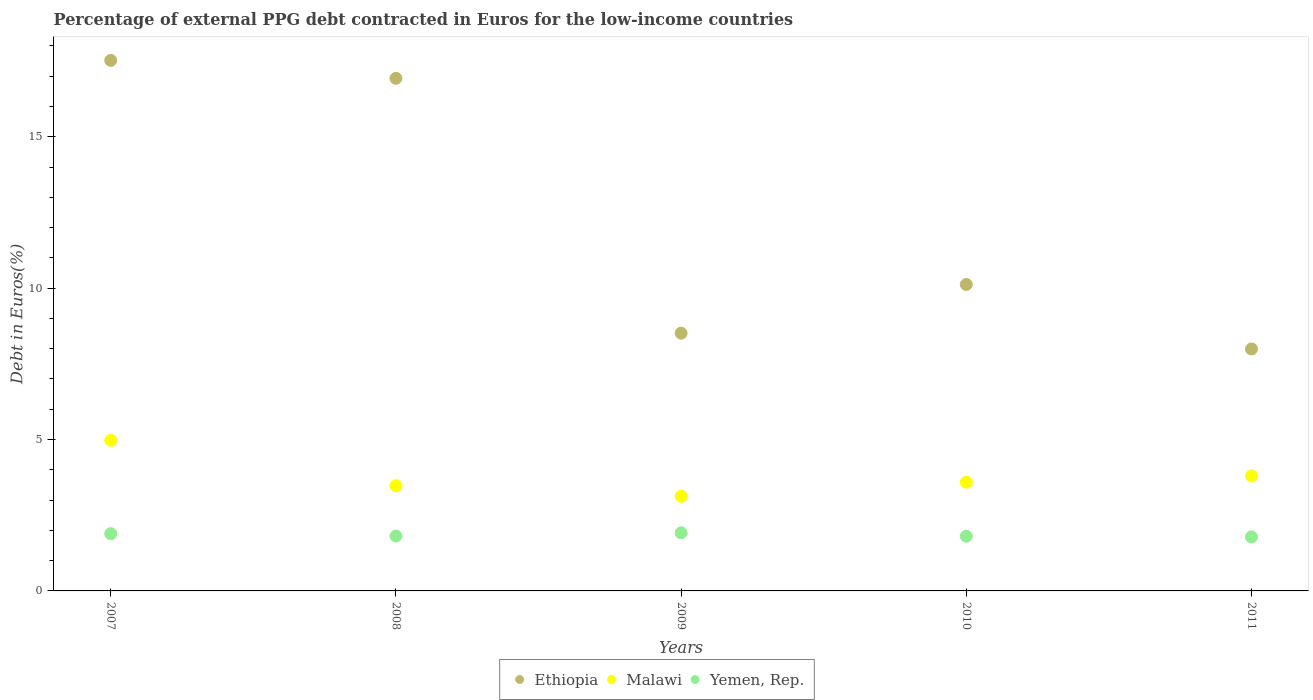
| Years | Ethiopia | Malawi | Yemen, Rep. |
 | --- | --- | --- | --- |
 | 2007 | 17.5 | 4.98 | 1.89 |
 | 2008 | 16.9 | 3.47 | 1.81 |
 | 2009 | 8.51 | 3.13 | 1.92 |
 | 2010 | 10.1 | 3.59 | 1.81 |
 | 2011 | 7.99 | 3.8 | 1.78 |